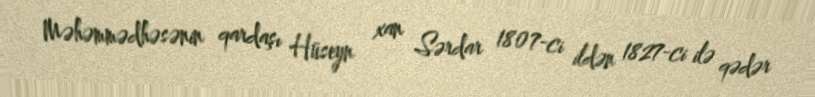
Məhəmmədhəsənin qardaşı Hüseyn xan Sərdar 1807-ci ildən 1827-ci ilə qədər